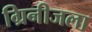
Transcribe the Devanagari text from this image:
ग्रिनीजला